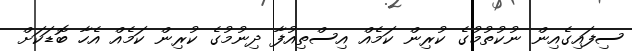
ސިފައިގެއިން ނުކުތުމުގެ ކުރިން ކަމެއް އިސްތިއުފާ ދިނުމުގެ ކުރިން ކަމެއް އެހާ ބޮޑަކަށް